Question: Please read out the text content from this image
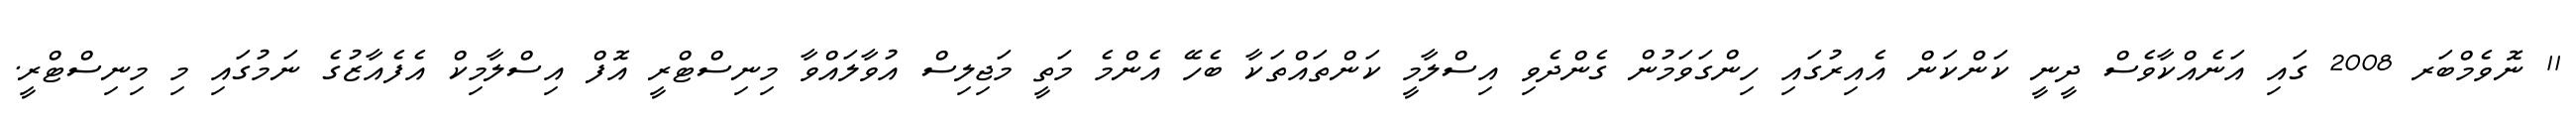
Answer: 11 ނޮވެމްބަރ 2008 ގައި އަނެއްކާވެސް ދީނީ ކަންކަން އެއިރުގައި ހިންގަވަމުން ގެންދެވި އިސްލާމީ ކަންތައްތަކާ ބެހޭ އެންމެ މަތީ މަޖިލިސް އުވާލައްވާ މިނިސްޓްރީ އޮފް އިސްލާމިކް އެފެއާޒުގެ ނަމުގައި މި މިނިސްޓްރީ.